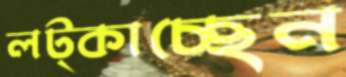
লট্‌কাচ্ছেন